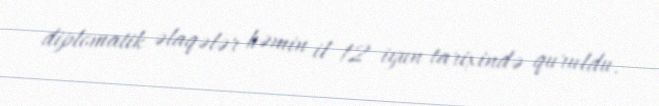
diplomatik əlaqələr həmin il 12 iyun tarixində quruldu.